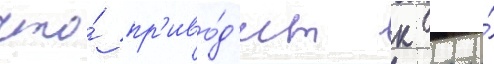
что́ пр'иво́д'ит к его́